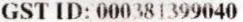
GST ID: 000381399040